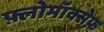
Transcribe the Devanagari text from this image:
फ़्लोमॉक्सेफ़